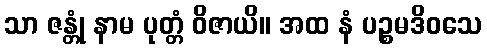
သာ ဇန္တုံ နာမ ပုတ္တံ ဝိဇာယိ။ အထ နံ ပဉ္စမဒိဝသေ